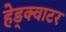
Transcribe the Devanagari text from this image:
हेड्क्वाटर